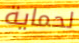
لحماية